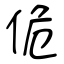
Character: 佹